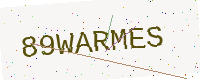
Text: 89WARMES